Papaver somniferum - Opium : an extract from the sixth volume of the Dictionary of Economic Products of India
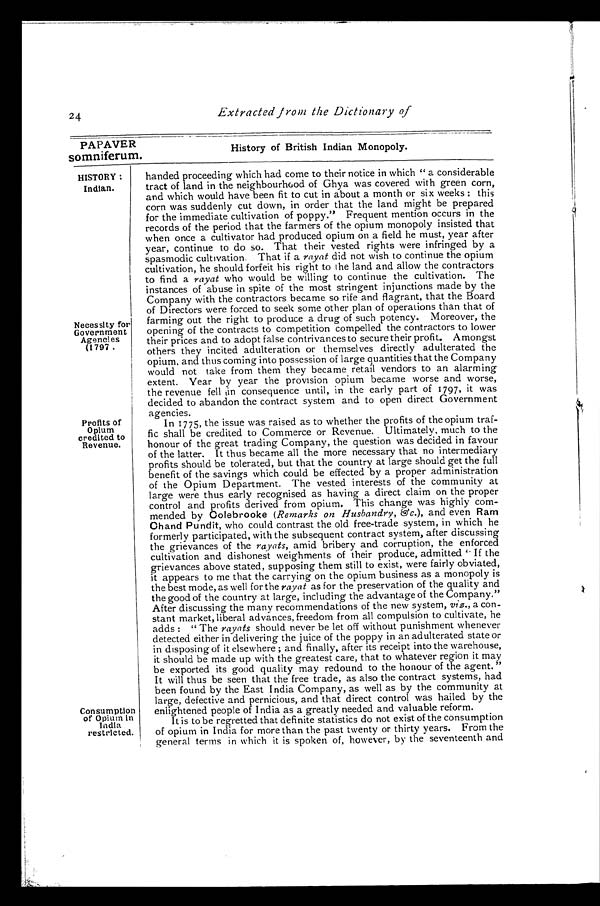
24
Extracted from the Dictionary of
PAPAVER
History of British Indian Monopoly.
somniferum.
HISTORY
:Indian.
Necessity for
Government
Agencies
(1797.
Profits of
Opium
credited to
Revenue.
Consumption
of Opium in
India
restricted.
handed proceeding which had come to their notice in which " a considerable
tract of land in the neighbourhood of Ghya was covered with green corn,
and which would have been fit to cut in about a month or six weeks : this
corn was suddenly cut down, in order that the land might be prepared
for the immediate cultivation of poppy." Frequent mention occurs in the
records of the period that the farmers of the opium monopoly insisted that
when once a cultivator had produced opium on a field he must, year after
year, continue to do so. That their vested rights were infringed by a
spasmodic cultivation. That if a rayat did not wish to continue the opium
cultivation, he should forfeit his right to the land and allow the contractors
to find a rayat who would be willing to continue the cultivation. The
instances of abuse in spite of the most stringent injunctions made by the
Company with the contractors became so rife and flagrant, that the Board
of Directors were forced to seek some other plan of operations than that of
farming out the right to produce a drug of such potency. Moreover, the
opening of the contracts to competition compelled the contractors to lower
their prices and to adopt false contrivances to secure their profit. Amongst
others they incited adulteration or themselves directly adulterated the
opium, and thus coming into possession of large quantities that the Company
would not take from them they became retail vendors to an alarming
extent. Year by year the provision opium became worse and worse,
the revenue fell consequence until, in the early part of 1797, it was
decided to abandon the contract system and to open direct Government
agencies.
In 1775, the issue was raised as to whether the profits of the opium traf-
fic shall be credited to Commerce or Revenue. Ultimately, much to the
honour of the great trading Company, the question was decided in favour
of the latter. It thus became all the more necessary that no intermediary
profits should be tolerated, but that the country at large should get the full
benefit of the savings which could be effected by a proper administration
of the Opium Department. The vested interests of the community at
large were thus early recognised as having a direct claim on the proper
control and profits derived from opium. This change was highly com-
mended by Colebrooke (Remarks on Husbandry, E c.), and even Ram
Chand Pundit, who could contrast the old free-trade system, in which he
formerly participated, with the subsequent contract system, after discussing
the grievances of the rayats, amid bribery and corruption, the enforced
cultivation and dishonest weighments of their produce, admitted " If the
grievances above stated, supposing them still to exist, were fairly obviated,
it appears to me that the carrying on the opium business as a monopoly is
the best mode, as well for the rayat as for the preservation of the quality and
the good of the country at large, including the advantage of the Company."
After discussing the many recommendations of the new system, viz., a con-
stant market, liberal advances, freedom from all compulsion to cultivate, he
adds : " The royals should never be let off without punishment whenever
detected either in delivering the juice of the poppy in an adulterated state or
in disposing of it elsewhere ; and finally, after its receipt into the warehouse,
it should be made up with the greatest care, that to whatever region it may
be exported its good quality may redound to the honour of the agent. "
It will thus be seen that the free trade, as also the contract systems, had
been found by the East India Company, as well as by the community at
large, defective and pernicious, and that direct control was hailed by the
enlightened people of India as a greatly needed and valuable reform.
It is to be regretted that definite statistics do not exist of the consumption
of opium in India for more than the past twenty or thirty years. From the
general terms in which it is spoken of, however, by the seventeenth and